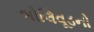
બોલિવૂડનો